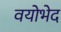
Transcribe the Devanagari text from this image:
वयोभेद